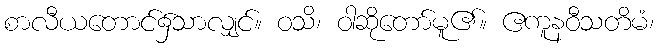
စာလီယတောင်၌သာလျှင်။ ဝသိ၊ ဝါဆိုတော်မူ၏။ ဧကူနဝီသတိမံ၊